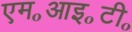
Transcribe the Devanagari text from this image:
एम॰आइ॰टी॰